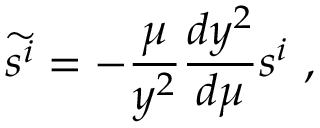
\widetilde { s ^ { i } } = - { \frac { \mu } { y ^ { 2 } } } { \frac { d y ^ { 2 } } { d \mu } } s ^ { i } \ ,